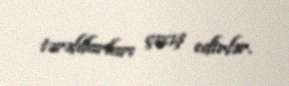
tərəfdarları çıxış edirlər.